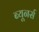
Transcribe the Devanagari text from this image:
ब्यूनर्स